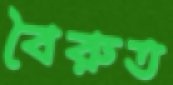
বৈরুত